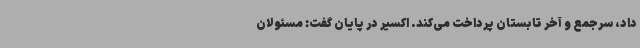
داد، سرجمع و آخر تابستان پرداخت می‌کند. اکسیر در پایان گفت: مسئولان